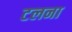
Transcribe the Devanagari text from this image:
टलना